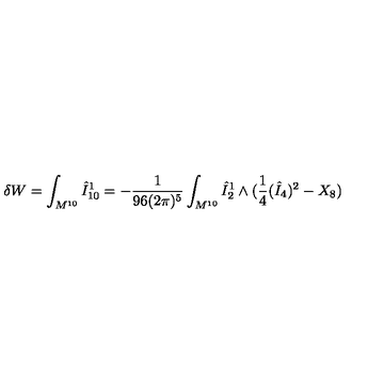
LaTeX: \delta W = \int _ { M ^ { 1 0 } } \hat { I } _ { 1 0 } ^ { 1 } = - \frac { 1 } { 9 6 ( 2 \pi ) ^ { 5 } } \int _ { M ^ { 1 0 } } \hat { I } _ { 2 } ^ { 1 } \wedge ( \frac { 1 } { 4 } ( \hat { I } _ { 4 } ) ^ { 2 } - X _ { 8 } )